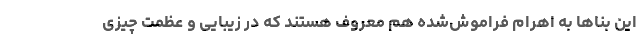
این بناها به اهرام فراموش‌شده هم معروف هستند که در زیبایی و عظمت چیزی